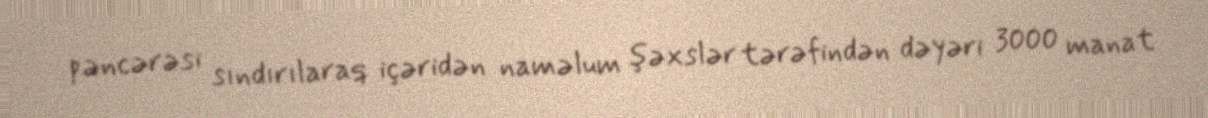
pəncərəsi sındırılaraq içəridən naməlum şəxslər tərəfindən dəyəri 3000 manat